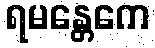
ရမန္တေကေ